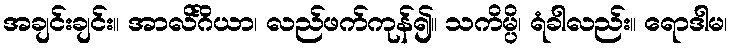
အချင်းချင်း။ အာလိင်္ဂိယာ၊ လည်ဖက်ကုန်၍။ သကိမ္ပိ၊ ရံခါလည်း။ ရောဒါမ၊